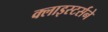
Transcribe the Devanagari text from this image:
क्लाइस्टर्सने